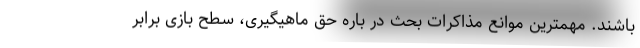
باشند. مهمترین موانع مذاکرات بحث در باره حق ماهیگیری، سطح بازی برابر